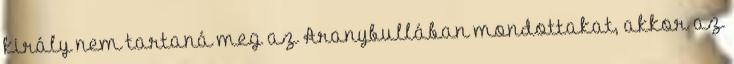
király nem tartaná meg az Aranybullában mondottakat, akkor az